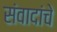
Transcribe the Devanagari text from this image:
संवादांचे